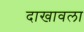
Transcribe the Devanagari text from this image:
दाखावला